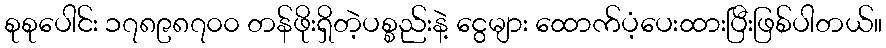
စုစုပေါင်း ၁၇၈၉၈၇၀၀ တန်ဖိုးရှိတဲ့ပစ္စည်းနဲ့ ငွေများ ထောက်ပံ့ပေးထားပြီးဖြစ်ပါတယ်။